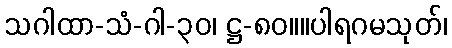
သဂါထာ-သံ-ဂါ-၃၀၊ ဋ္ဌ-၈၀။။ပါရဂမသုတ်၊